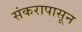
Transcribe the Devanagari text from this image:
संकरापासून